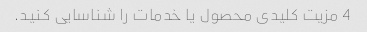
4 مزیت کلیدی محصول یا خدمات را شناسایی کنید.